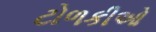
ટોળકીઓ